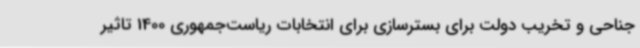
جناحی و تخریب دولت برای بسترسازی برای انتخابات ریاست‌جمهوری 1400 تاثیر